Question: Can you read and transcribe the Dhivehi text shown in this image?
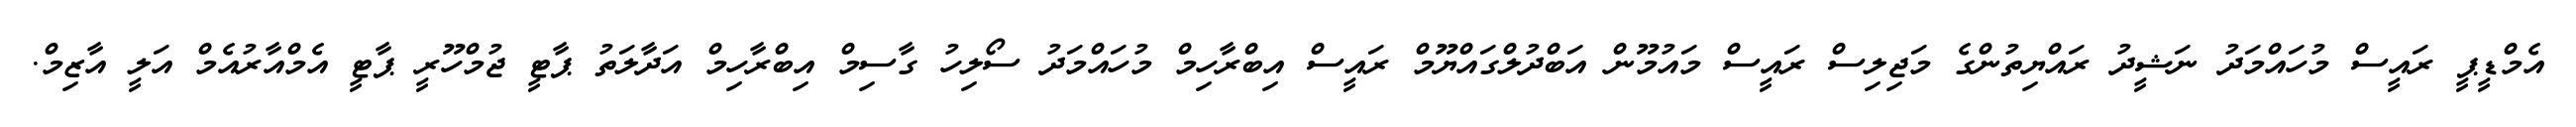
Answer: އެމްޑީޕީ ރައީސް މުހައްމަދު ނަޝީދު ރައްޔިތުންގެ މަޖިލިސް ރައީސް މައުމޫން އަބްދުލްގައްޔޫމް ރައީސް އިބްރާހިމް މުހައްމަދު ސޯލިހު ގާސިމް އިބްރާހިމް އަދާލަތު ޕާޓީ ޖުމްހޫރީ ޕާޓީ އެމްއާރުއެމް އަލީ އާޒިމް.